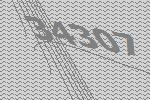
34307